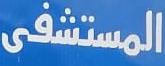
المستشفى